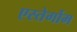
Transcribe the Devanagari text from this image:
एस्तेर्गोम